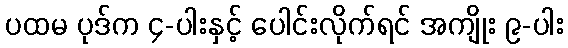
ပထမ ပုဒ်က ၄-ပါးနှင့် ပေါင်းလိုက်ရင် အကျိုး ၉-ပါး